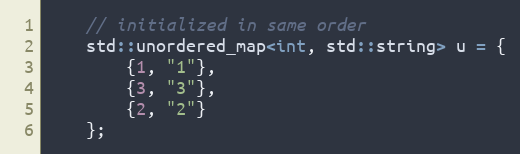
Language: C++
    // initialized in same order
    std::unordered_map<int, std::string> u = {
        {1, "1"},
        {3, "3"},
        {2, "2"}
    };